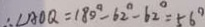
\therefore \angle A O Q = 1 8 0 ^ { \circ } - 6 2 ^ { \circ } - 6 2 ^ { \circ } = 5 6 ^ { \circ }